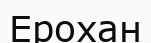
Ерохан